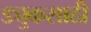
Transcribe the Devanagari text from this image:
ड्युकसाठी